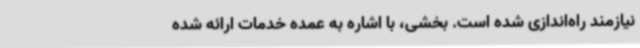
نیازمند راه‌اندازی شده است. بخشی، با اشاره به عمده خدمات ارائه شده